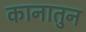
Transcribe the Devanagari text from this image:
कानातुन